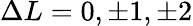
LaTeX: \Delta L=0,\pm 1,\pm 2